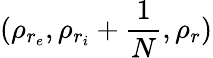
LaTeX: (\rho_{r_{e}},\rho_{r_{i}}+\frac{1}{N},\rho_{r})